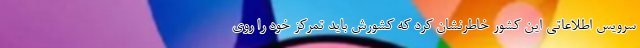
سرویس اطلاعاتی این کشور خاطرنشان کرد که کشورش باید تمرکز خود را روی